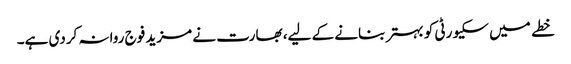
خطے میں سکیورٹی کو بہتر بنانے کے لیے، بھارت نے مزید فوج روانہ کردی ہے۔